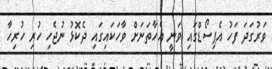
ވަރުގަދަ ފަހު އެޕިސޯޑްގައި ވަނީ އެހާތަނަށް ވާހަކައިގައި ދެކޮޅު ނުޖެހި ހުރި ހުރިހާ